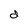
Character: d